NAE_EAA_P-1050_Enda_Kallas, lk 18
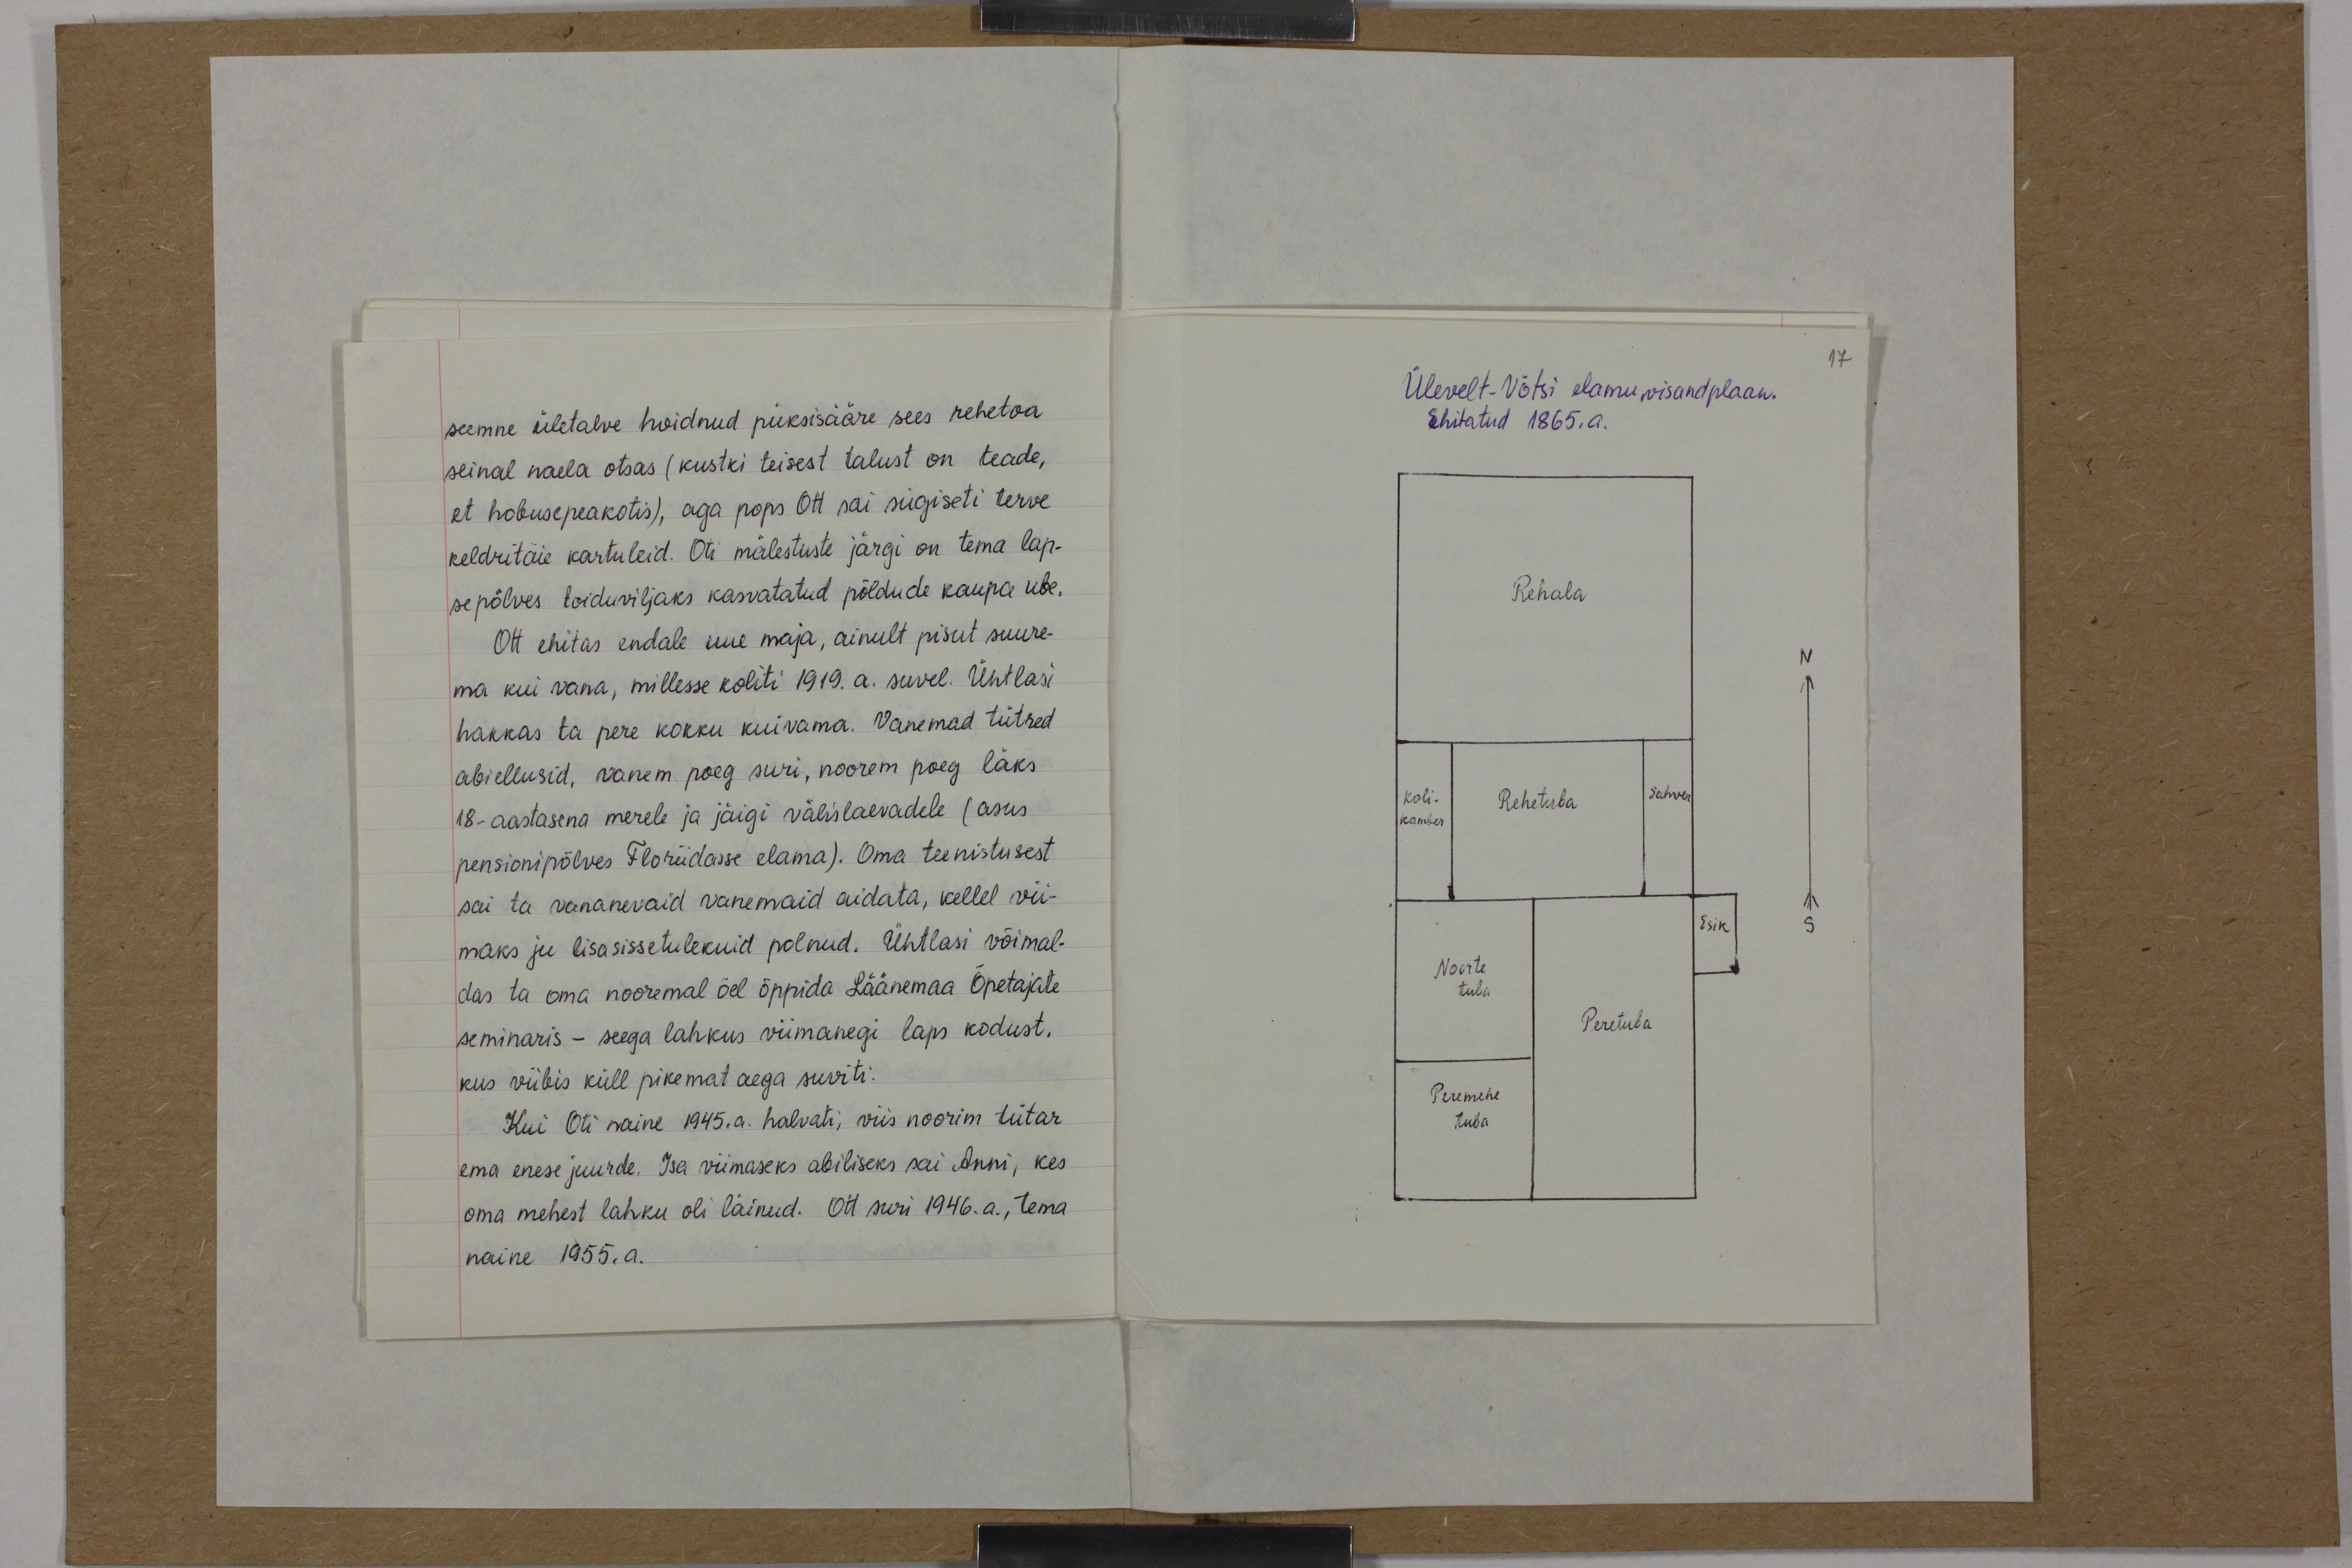
seemne ületalve hoidnud püksisääre sees rehetoa
seinal naela otsas (kustki teisest talust on teade,
et hobusepeakotis), aga pops Ott sai sügiseti terve
keldritäie kartuleid. Oti mälestuste järgi on tema lap-
sepõlves toiduviljaks kasvatatud põldude kaupa ube.
Ott ehitas endale uue maja, ainult pisut suure-
ma kui vana, millesse koliti 1919. a. suvel. Ühtlasi
hakkas ta pere kokku kuivama. Vanemad tütred
abiellusid, vanem poeg suri, noorem poeg läks
18-aastasena merele ja jäigi välislaevadele (asus
pensionipõlves Floriidase elama). Oma teenistusest
sai ta vananevaid vanemaid aidata, kellel vii-
maks ju lisasissetulekuid polnud. Ühtlasi võimal-
das ta oma nooremal õel õppida Läänemaa Õpetajate
seminaris - seega lahkus viimanegi laps kodust,
kus viibis küll pikemat aega suviti.
Kui Oti naine 1945. a. halvati, viis noorim tütar
ema enese juurde. Isa viimaseks abiliseks sai Anni, kes
oma mehest lahku oli läinud. Ott suri 1946. a., tema
naine 1955.a.

17
Ülevelt-Võtsi elamu visandplaan.
Ehitatud 1865.a

Rehala

N

Koli-
kamber
Rehetuba
Sahver
Noorte
tuba
Peretuba
Esik
S
Peremehe
tuba